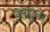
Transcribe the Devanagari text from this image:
डेलह्युजर